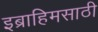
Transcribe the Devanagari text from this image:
इब्राहिमसाठी